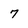
Character: 7